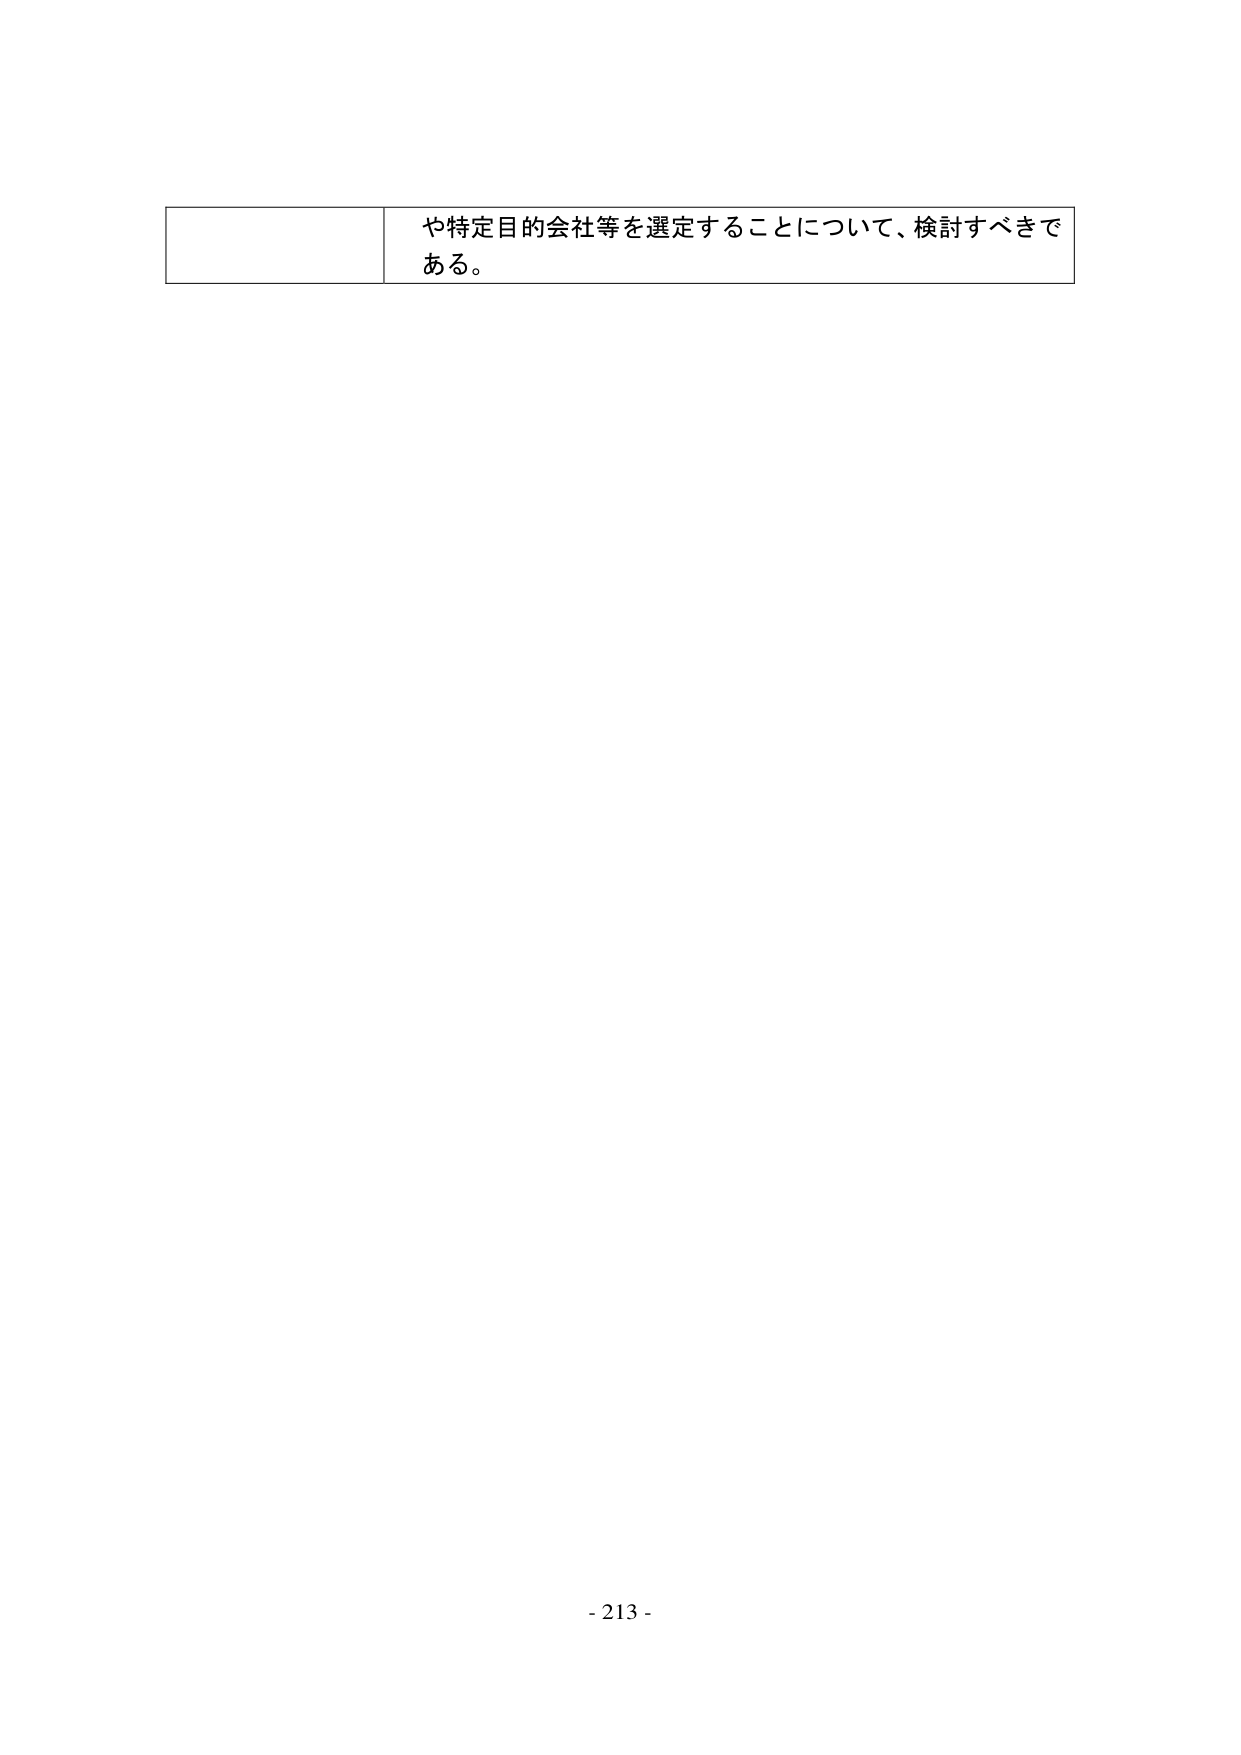
や特定目的会社等を選定することについて、検討すべきである。

- 213 -